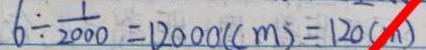
6 \div \frac { 1 } { 2 0 0 0 } = 1 2 0 0 0 ( c m ) = 1 2 0 ( m )